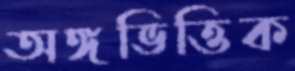
অঙ্গভিত্তিক